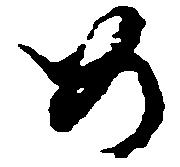
め